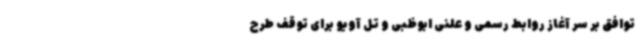
توافق بر سر آغاز روابط رسمی و علنی ابوظبی و تل آویو برای توقف طرح